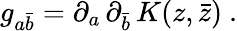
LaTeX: g_{a\bar{b}}=\partial_{a}\, \partial_{\bar{b}}\, K(z,\bar{z})\ .